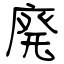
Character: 廃